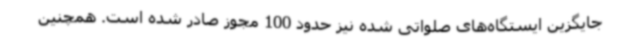
جایگزین ایستگاه‌های صلواتی شده نیز حدود 100 مجوز صادر شده است. همچنین